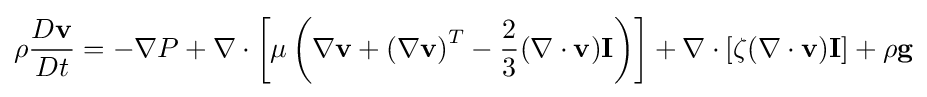
\rho {\frac {D\mathbf {v} }{Dt}}=-\nabla P+\nabla \cdot \left[\mu \left(\nabla \mathbf {v} +\left(\nabla \mathbf {v} \right)^{T}-{\frac {2}{3}}(\nabla \cdot \mathbf {v} )\mathbf {I} \right)\right]+\nabla \cdot [\zeta (\nabla \cdot \mathbf {v} )\mathbf {I} ]+\rho \mathbf {g}